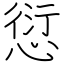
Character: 愆